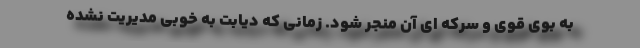
به بوی قوی و سرکه ای آن منجر شود. زمانی که دیابت به خوبی مدیریت نشده